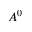
A ^ { 0 }